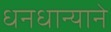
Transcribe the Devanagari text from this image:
धनधान्याने